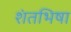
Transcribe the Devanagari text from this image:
शंतभिषा